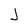
Character: J